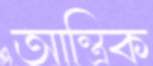
আন্ত্রিক